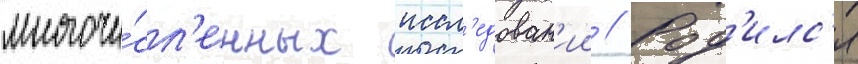
многочи́сл'енных иссл'едован'ии // Род'илс'я